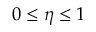
0 \le \eta \le 1